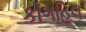
કોગહિલ